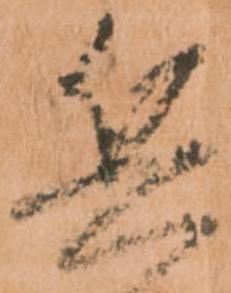
兵